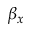
\beta _ { x }